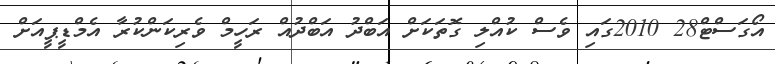
އޯގަސްޓް28 2010ގައި ވެސް ކުއްލި ގޮތަކަށް އަބްދު އަބްދުއް ރަހީމް ވެރިކަންކުރާ އެމްޑީޕީއަށް